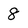
Character: 8